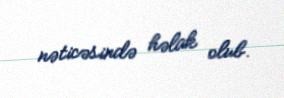
nəticəsində həlak olub.